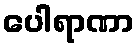
ပေါရာဏာ